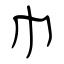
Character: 巾